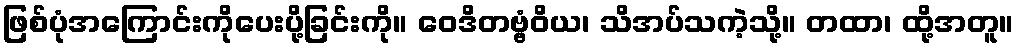
ဖြစ်ပုံအကြောင်းကိုပေးပို့ခြင်းကို။ ဝေဒိတဗ္ဗံဝိယ၊ သိအပ်သကဲ့သို့။ တထာ၊ ထို့အတူ။